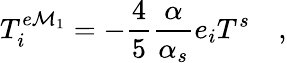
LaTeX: T_{i}^{e\mathcal{M}_{1}}=-\frac{{4}}{{5}}\frac{{\alpha}}{{\alpha_{s}}}e_{i}T^{s}\quad,